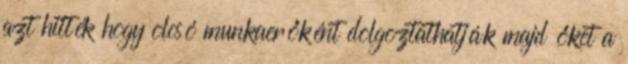
azt hitték hogy olcsó munkaerőként dolgoztathatják majd őket a